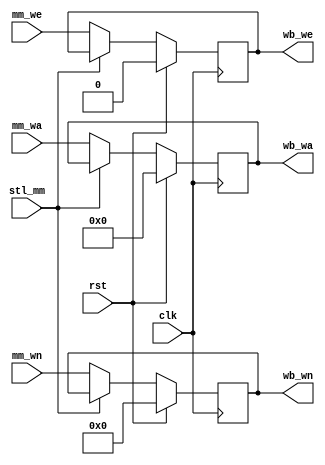
module mm_wb (
    input   wire    rst,
    input   wire    clk,

    input   wire        mm_we,
    input   wire[4:0]   mm_wa,
    input   wire[31:0]  mm_wn,

    output  reg         wb_we,
    output  reg[4:0]    wb_wa,
    output  reg[31:0]   wb_wn,

    input   wire        stl_mm
);

    always @ (posedge clk) begin
        if (rst == 1'b1) begin
            wb_we <= 1'b0;
            wb_wa <= 5'h0;
            wb_wn <= 32'h0;
        end else if (stl_mm != 1'b1) begin
            wb_we <= mm_we;
            wb_wa <= mm_wa;
            wb_wn <= mm_wn;
        end
    end

endmodule